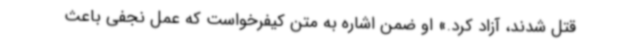
قتل شدند، آزاد کرد.» او ضمن اشاره به متن کیفرخواست که عمل نجفی باعث